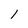
Character: 1